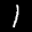
Label: 1